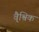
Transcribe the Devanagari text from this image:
वै्श्विक